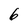
Character: 6